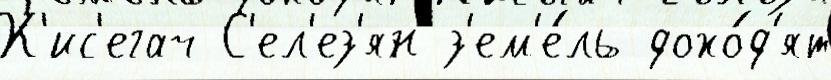
К'ис'егач С'ел'ез'ян з'ем'е́ль дохо́д'ят